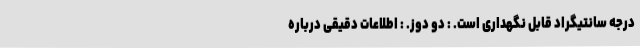
درجه سانتیگراد قابل نگهداری است. : دو دوز. : اطلاعات دقیقی درباره